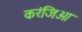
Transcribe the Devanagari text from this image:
करंजिआ